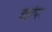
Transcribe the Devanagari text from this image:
जहांपर